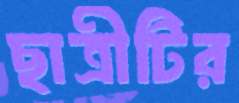
ছাত্রীটির